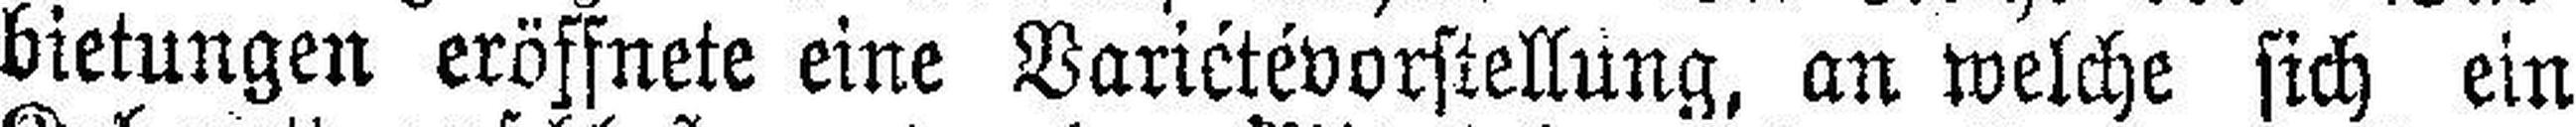
bietungen eröffnete eine Variétévorstellung, an welche sich ein